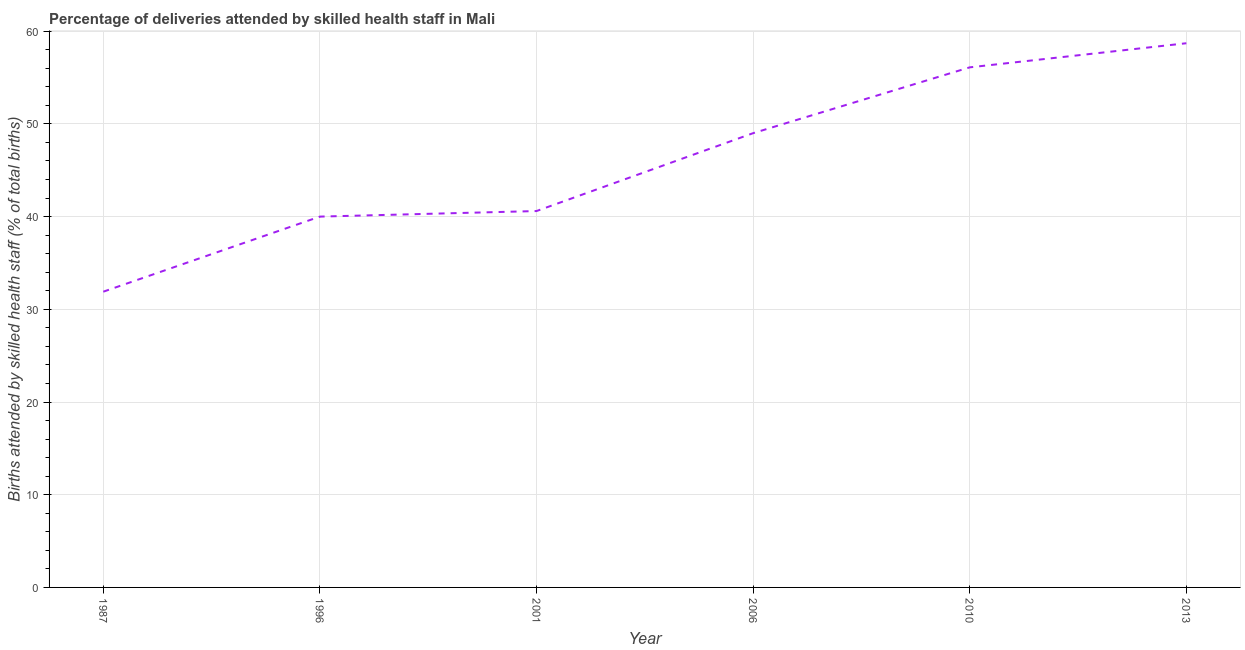
| Year | Births attended by skilled health staff |
 | --- | --- |
 | 1987 | 31.9 |
 | 1996 | 40 |
 | 2001 | 40.6 |
 | 2006 | 49 |
 | 2010 | 56.1 |
 | 2013 | 58.7 |